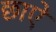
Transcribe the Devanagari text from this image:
छाऐ